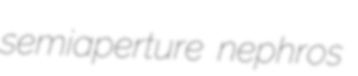
semiaperture nephros